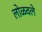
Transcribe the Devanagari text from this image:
लोळवले